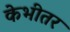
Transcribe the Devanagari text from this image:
केभीतर